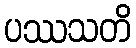
ပဿသတိ